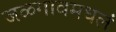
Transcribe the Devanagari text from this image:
जळगावमधलं